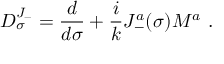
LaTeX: D _ { \sigma } ^ { J _ { - } } = \frac { d } { d \sigma } + \frac { i } { k } J _ { - } ^ { a } ( \sigma ) M ^ { a } ~ .